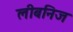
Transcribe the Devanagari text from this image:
लीबनिज